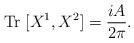
LaTeX: \begin{align*}{\rm Tr}\;[X^1, X^2] = \frac{iA}{2 \pi}.\end{align*}